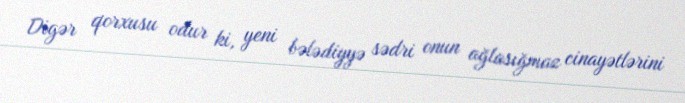
Digər qorxusu odur ki, yeni bələdiyyə sədri onun ağlasığmaz cinayətlərini